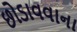
છોડાવવાના